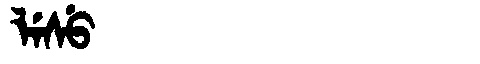
Manchu: ᠯᡝᠰᡠ
Romanization: LESU